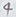
Text: 4